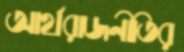
আর্থরাজনীতির